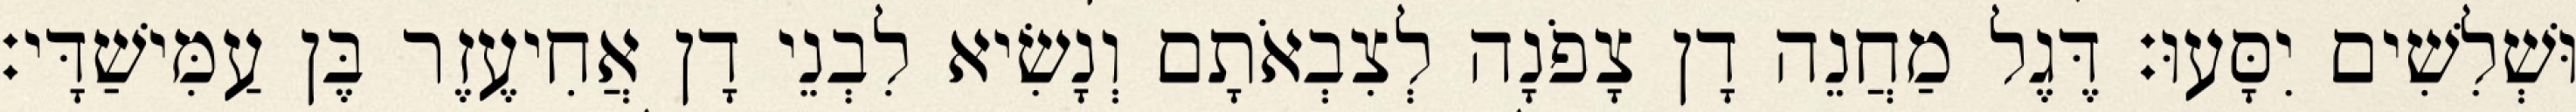
וּשְׁלִשִׁים יִסָּעוּ׃ דֶּגֶל מַחֲנֵה דָן צָפֹנָה לְצִבְאֹתָם וְנָשִׂיא לִבְנֵי דָן אֲחִיעֶזֶר בֶּן עַמִּישַׁדָּי׃